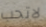
لاتحب